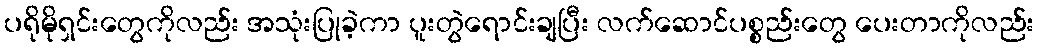
ပရိုမိုရှင်းတွေကိုလည်း အသုံးပြုခဲ့ကာ ပူးတွဲရောင်းချပြီး လက်ဆောင်ပစ္စည်းတွေ ပေးတာကိုလည်း